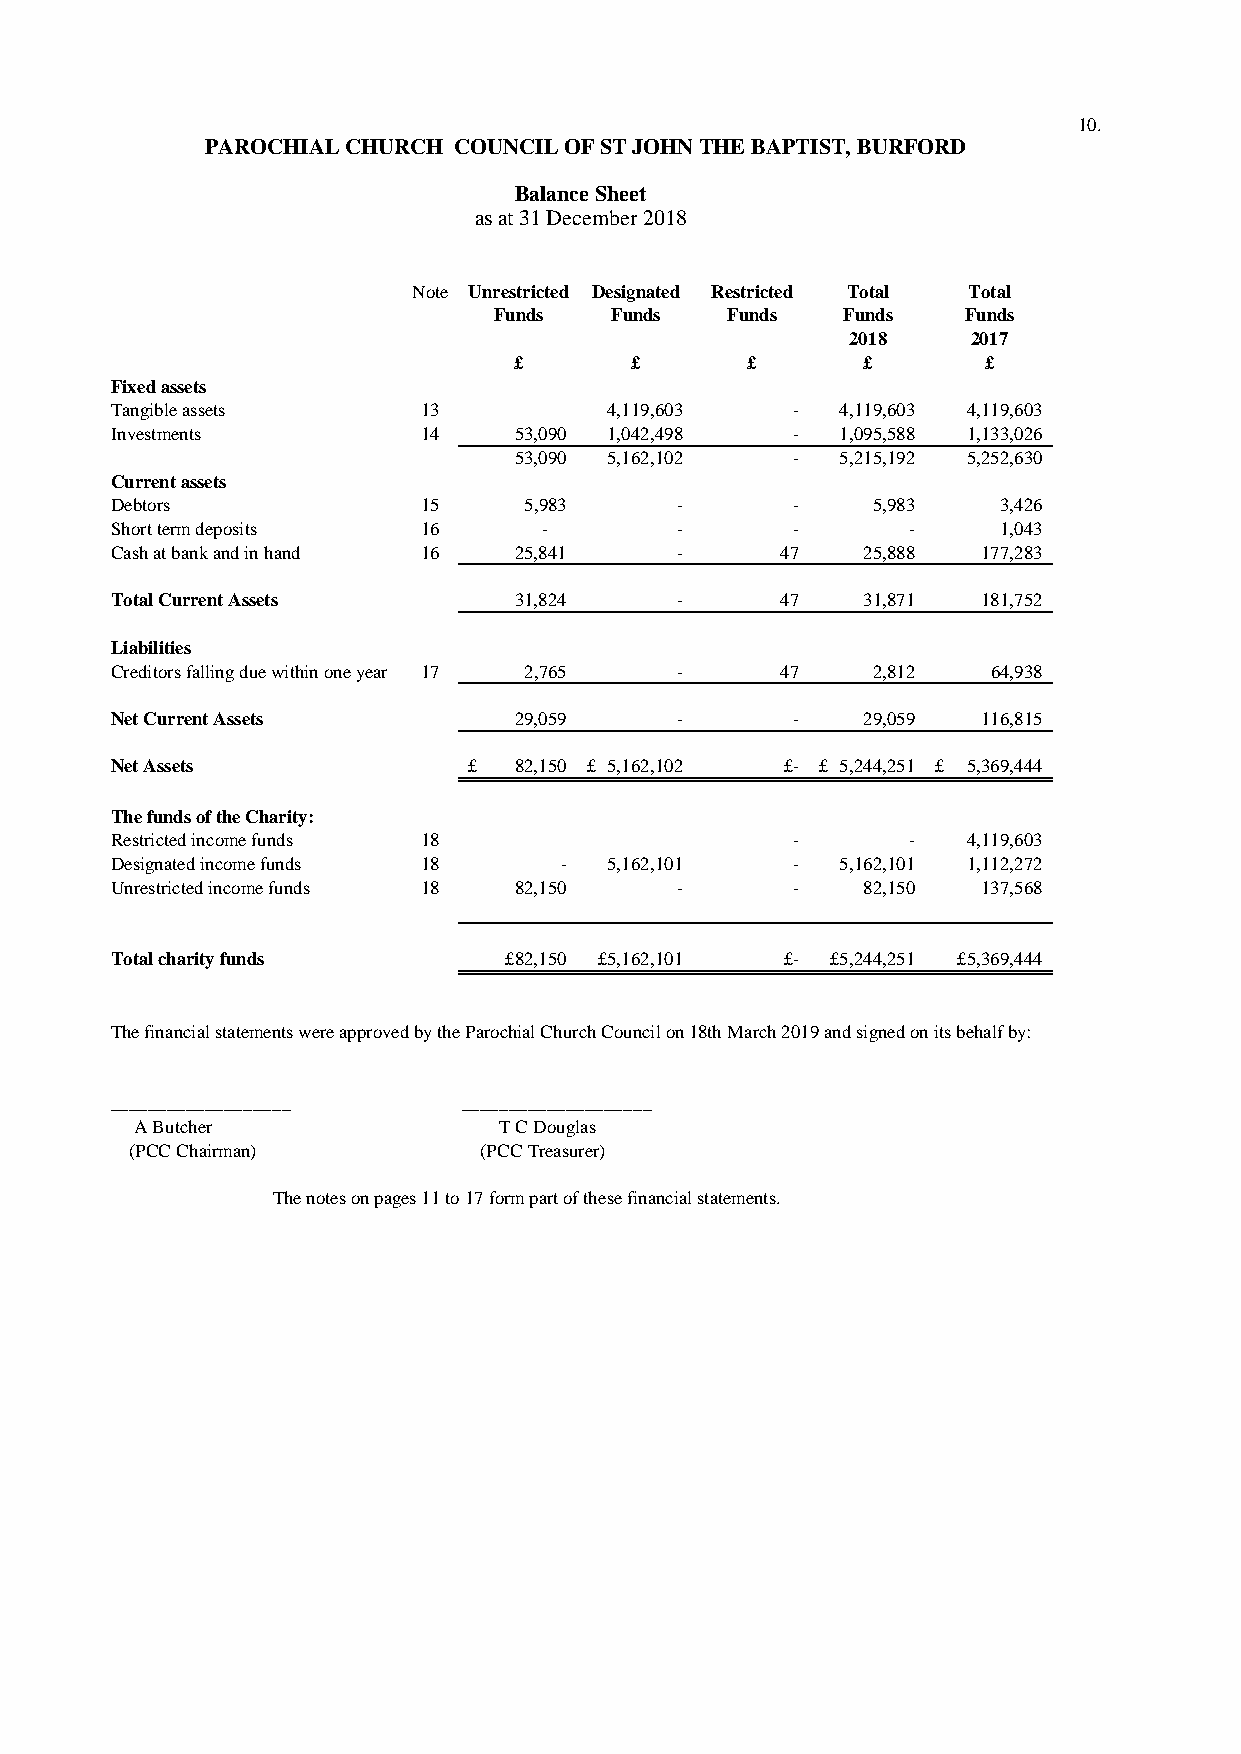
10.
 PAROCHIAL CHURCH COUNCIL OF ST JOHN THE BAPTIST, BURFORD
 Balance Sheet
 as at 31 December 2018
 Note Unrestricted Designated Restricted Total Total
 Funds  Funds   Funds   Funds   Funds
 2018    2017
 £       £      £       £       £
 Fixed assets
 Tangible assets      13          4,119,603   -   4,119,603 4,119,603
 Investments          14    53,090 1,042,498  -   1,095,588 1,133,026
 53,090 5,162,102  -   5,215,192 5,252,630
 Current assets
 Debtors              15     5,983     -      -     5,983   3,426
 Short term deposits  16      -        -      -       -     1,043
 Cash at bank and in hand 16 25,841    -      47   25,888  177,283
 Total Current Assets       31,824     -      47   31,871  181,752
 Liabilities
 Creditors falling due within one year 17 2,765 - 47 2,812  64,938
 Net Current Assets         29,059     -      -    29,059  116,815
 Net Assets              £  82,150 £ 5,162,102 £- £ 5,244,251 £ 5,369,444
 The funds of the Charity:
 Restricted income funds 18                   -       -   4,119,603
 Designated income funds 18    -  5,162,101   -   5,162,101 1,112,272
 Unrestricted income funds 18 82,150   -      -    82,150  137,568
 Total charity funds       £82,150 £5,162,101 £- £5,244,251 £5,369,444
 The financial statements were approved by the Parochial Church Council on 18th March 2019 and signed on its behalf by:
 ___________________     ____________________
 A Butcher               T C Douglas
 (PCC Chairman)         (PCC Treasurer)
 The notes on pages 11 to 17 form part of these financial statements.